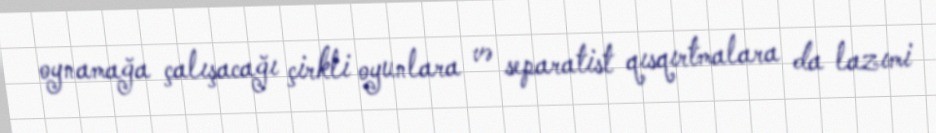
oynamağa çalışacağı çirkli oyunlara və separatist qısqırtmalara da lazımi